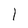
Character: l